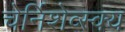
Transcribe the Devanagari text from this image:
चेर्निशेव्स्क्य